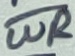
Text: WR